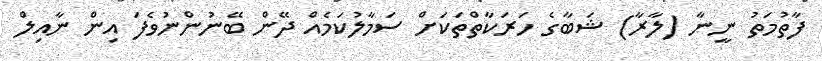
ފާތުމަތު ނީނާ (ލާރާ) ޝަބާގެ ހަރަކާތްތަކަށް ސަމާލުކަމެއް ދޭން ބޭނުންނުވެފަ އިން ނާއިލް